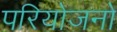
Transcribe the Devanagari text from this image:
परियोजनो